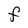
Character: F